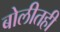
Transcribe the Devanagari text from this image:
बोलीतही